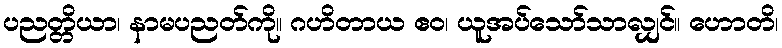
ပညတ္တိယာ၊ နာမပညတ်ကို။ ဂဟိတာယ ဧဝ၊ ယူအပ်သော်သာလျှင်။ ဟောတိ၊